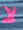
لا